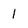
Character: 1